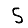
Digit: 5